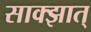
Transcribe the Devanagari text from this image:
साक्झात्